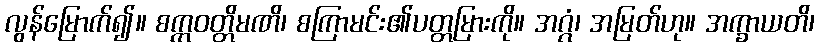
လွန်မြောက်၍။ စက္ကဝတ္တိမဏိ၊ စကြာမင်း၏ပတ္တမြားကို။ အဂ္ဂံ၊ အမြတ်ဟု။ အက္ခာယတိ၊